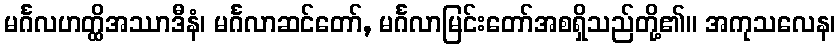
မင်္ဂလဟတ္ထိအဿာဒီနံ၊ မင်္ဂလာဆင်တော်, မင်္ဂလာမြင်းတော်အစရှိသည်တို့၏။ အကုသလေန၊